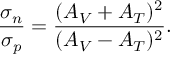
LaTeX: { \frac { \sigma _ { n } } { \sigma _ { p } } } = { \frac { ( A _ { V } + A _ { T } ) ^ { 2 } } { ( A _ { V } - A _ { T } ) ^ { 2 } } } .